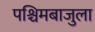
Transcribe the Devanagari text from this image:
पश्चिमबाजुला